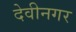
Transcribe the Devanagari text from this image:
देवीनगर